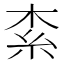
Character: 𣑇